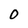
Character: 0